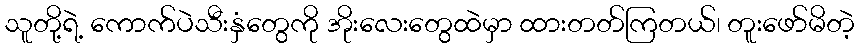
သူတို့ရဲ့ ကောက်ပဲသီးနှံတွေကို အိုးလေးတွေထဲမှာ ထားတတ်ကြတယ်၊ တူးဖော်မိတဲ့